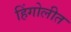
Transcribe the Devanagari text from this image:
हिंगोलीत